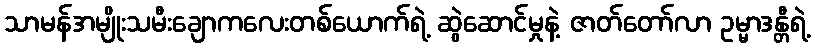
သာမန်အမျိုးသမီးချောကလေးတစ်ယောက်ရဲ့ ဆွဲဆောင်မှုနဲ့ ဇာတ်တော်လာ ဥမ္မာဒန္တီရဲ့